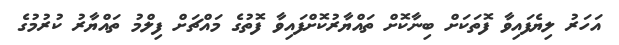
އަހަރު ލިޔެފައިވާ ފޮތަކަށް ބިނާކޮށް ތައްޔާރުކޮށްފައިވާ ފޮތުގެ މައްޗަށް ފިލްމު ތައްޔާރު ކުރުމުގެ